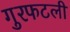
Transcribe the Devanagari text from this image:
गुरफटली